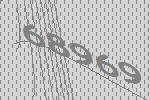
68969